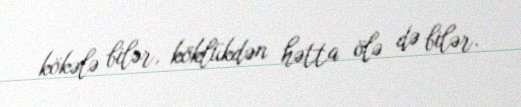
kökələ bilər, köklükdən hətta ölə də bilər.